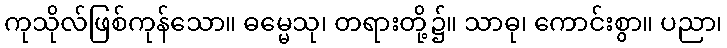
ကုသိုလ်ဖြစ်ကုန်သော။ ဓမ္မေသု၊ တရားတို့၌။ သာဓု၊ ကောင်းစွာ။ ပညာ၊